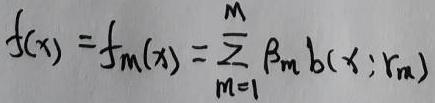
\[
f(x)=f_m(x)=\sum_{m = 1}^{M} \beta_m b(x; r_m)
\]